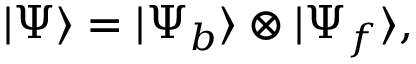
| \Psi \rangle = | \Psi _ { b } \rangle \otimes | \Psi _ { f } \rangle ,